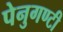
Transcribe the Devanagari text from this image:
पेनुगण्टी